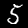
Digit: 5